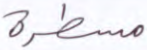
مسطرة